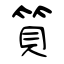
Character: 筫